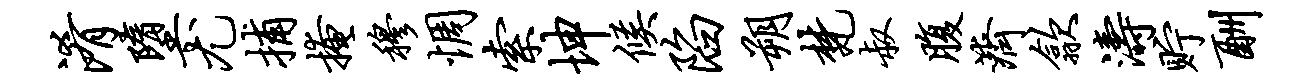
淆堕尤捕掩穆惆索坤候陷朔梵叔腹济歙涛贮酬